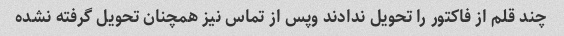
چند قلم از فاکتور را تحویل ندادند وپس از تماس نیز همچنان تحویل گرفته نشده